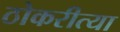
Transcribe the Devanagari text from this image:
ठोकरीत्या